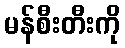
မန်စီးတီးကို